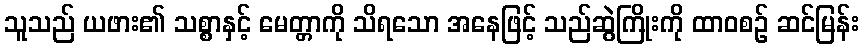
သူသည် ယဖား၏ သစ္စာနှင့် မေတ္တာကို သိရသော အနေဖြင့် သည်ဆွဲကြိုးကို ထာဝစဉ် ဆင်မြန်း